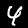
Digit: 4